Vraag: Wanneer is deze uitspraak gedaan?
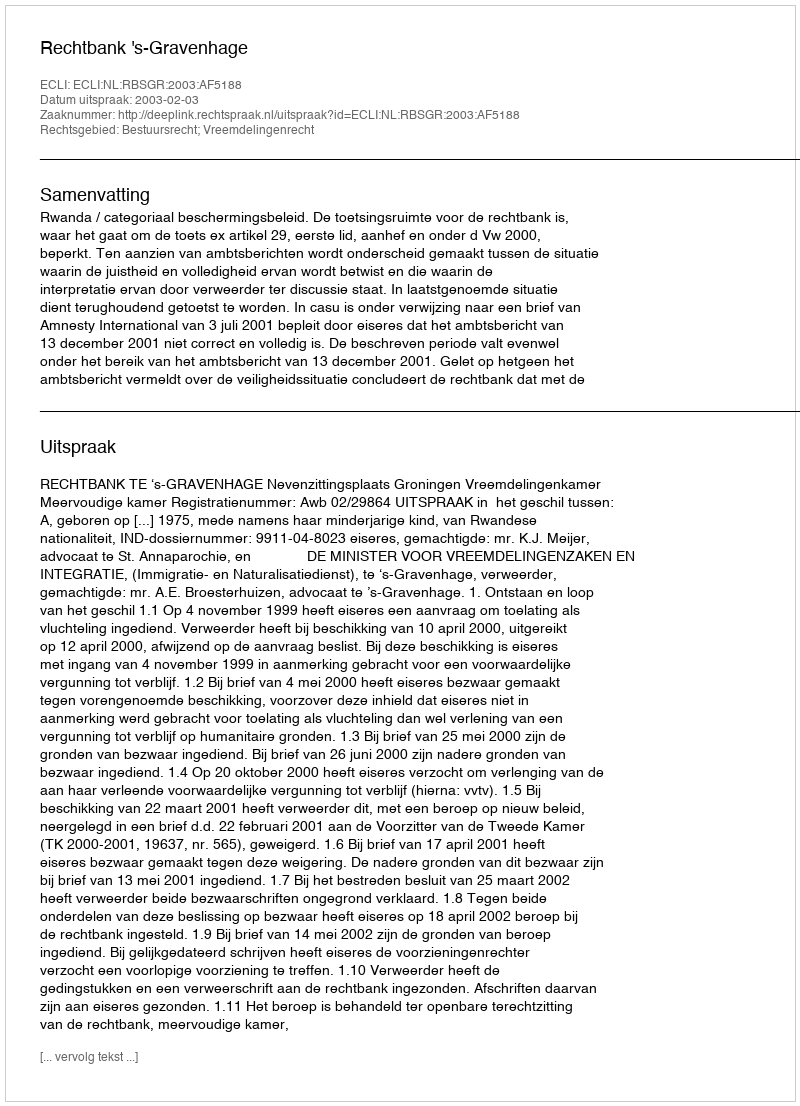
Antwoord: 2003-02-03